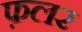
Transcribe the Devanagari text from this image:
फ़लर